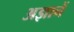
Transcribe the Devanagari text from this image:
अज्ञानें